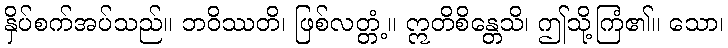
နှိပ်စက်အပ်သည်။ ဘဝိဿတိ၊ ဖြစ်လတ္တံ့။ ဣတိစိန္တေသိ၊ ဤသို့ကြံ၏။ သော၊